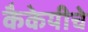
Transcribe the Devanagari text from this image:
कैकेयीचे